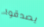
يصدقوا